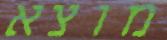
מוצא